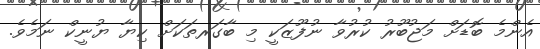
އެންމެ ބޮޑަށް މަޖުބޫރު ކުރުވާ ނުފޫޒަކީ މި ބާގަރތަކަށް ކިޔާ ޔުނީކް ނަމެވެ.